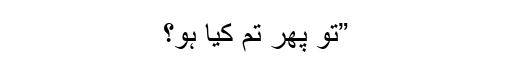
”تو پھر تم کیا ہو؟